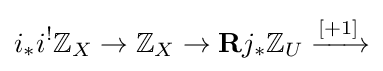
i_{*}i^{!}\mathbb {Z} _{X}\to \mathbb {Z} _{X}\to \mathbf {R} j_{*}\mathbb {Z} _{U}\xrightarrow {[+1]}